Lunatic asylums Bombay report 1891-1903 - 1891-1903
Year: 1891
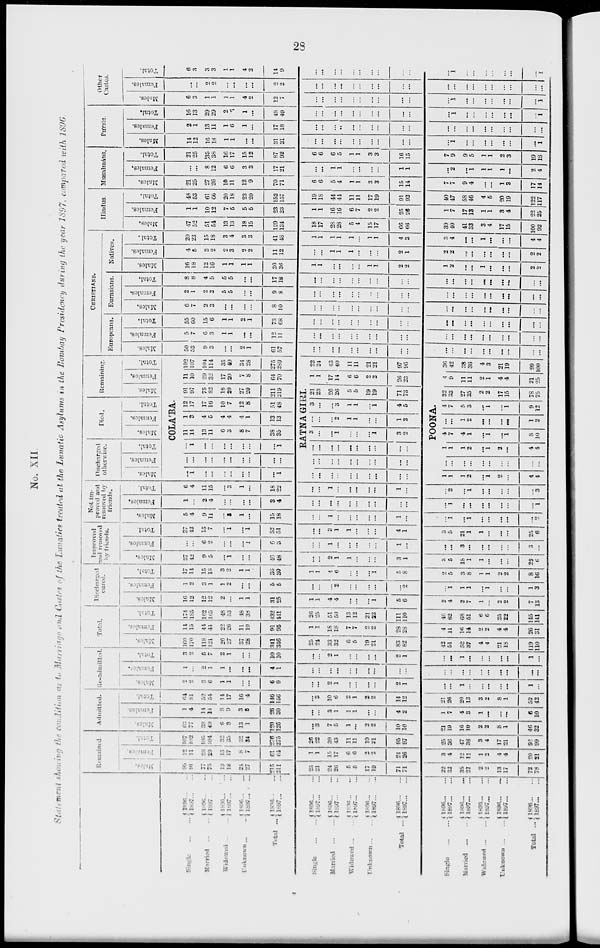
23
No. XII.
Statement showing the condition as to Marriage and Castes of the Lunatics treated at the Lunatic Asylums in the Bombay Presidency during the year 1897, cmpared with 1896
Single ... ...
Married ... ...
Widowed ... ...
Unknown ... ...
Total ...
Single ... ...
Married
...
...
Widowed ... ...
Unknown ... ...
Total ...
Single
...
...
Married ... ...
Widowed
...
...
Unknown
...
...
Total ...
1896 ... ...
1897 ... ...
1896 ... ...
1897 ... ...
1896 ... ...
1897 ... ...
1896 ... ...
1897 ... ...
1896 ... ...
1897 ... ...
1896 ... ...
1897 ... ...
1896 ... ...
1897 ... ...
1896 ... ...
1897
...
...
1896 ... ...
1897
...
...
1896 ... ...
1897 ... ...
1896 ... ...
1897 ... ...
1896 ... ...
1897
...
...
1896 ... ...
1897 ... ...
1896 ... ...
1897
...
...
1896 ... ...
1897 ... ...
Remained
Males.
95
91
77
75
19
18
24
27
215
211
25
21
24
26
5
5
17
19
71
71
22
32
35
27
2
2
13
17
72
78
Females.
12
11
28
29
13
17
8
7
61
64
1
1
15
17
6
6
2
2
24
26
3
4
12
11
1
2
4
4
20
21
Total.
107
102
105
104
32
35
32
34
276
275
26
22
39
43
11
11
19
21
95
97
25
36
47
38
3
4
17
21
92
99
Admitted.
Males.
63
77
38
40
6
8
13
1
120
126
...
3
7
5
1
...
2
2
10
10
21
19
16
10
2
2
8
1
46
32
Females.
1
4
14
14
8
9
3
8
26
30
...
...
3
1
1
1
...
...
4
2
1
7
4
3
1
...
...
...
6
10
Total.
64 81
52
54
14
17
10
4
1140
156
...
3
10
6
2
1
2
2
14
12
21
26
20
13
3
2
8
1
52
42
Re-admitted
Males.
2
2
3
6
l
l
...
...
6
9
...
...
2
1
...
...
...
...
2
1
...
...
1
...
...
...
...
...
1
...
Females.
1
...
2
1
1
...
...
...
4
1
...
...
...
...
...
...
...
...
...
...
...
...
...
...
...
...
...
...
...
...
Total.
3
2
5
7
2
1
...
...
10
10
...
...
2
1
...
...
...
...
2
1
...
...
1
...
...
...
...
...
1
...
Total.
Males.
160
170
118
121
26
27
37
28
341
340
25
24
33
32
6
5
19
21
83
82
42
51
52
37
4
4
21
18
119
110
Females.
14
15
44
44
22
26
11
10
91
95
1
1
18
18
7
7
2
2
28
28
4
11
16
14
2
2
4
4
26
31
Total.
174
185
162
165
48
53
48
38
432
441
26
25
51
50
13
12
21
23
111
110
46
62
68
51
6
6
25
22
145
141
Discharged
cured.
Males.
16
12
12
12
2
...
1
1
31
25
1
1
4
4
...
...
...
1
5
6
2
4
2
7
1
...
2
2
7
13
Females.
1
2
3
1
1
2
...
...
5
5
...
...
...
2
...
...
...
...
...
2
...
1
1
1
...
1
...
...
1
3
Total.
17
14
15
13
3
2
1
1
36
30
1
1
4
6
...
...
...
1
5
8
2
5
3
8
1
1
2
2
8
16
Improved
and removed
by friends.
Males.
37
42
9
5
...
1
...
...
46
48
...
...
2
1
1
...
...
...
3
1
3
5
18
1
1
...
...
...
22
6
Females.
...
...
6
2
...
...
...
1
6
3
...
...
1
...
...
...
...
...
1
...
...
...
3
...
...
...
...
...
3
...
Total.
37
42
15
7
...
1
...
1
52
51
...
...
3
1
1
...
...
...
4
1
3
5
21
1
1
...
...
...
25
6
Not im-
proved and
removed by
friends.
Males.
5
4
9
11
...
3
1
...
15
18
...
...
1
...
...
...
...
...
1
...
...
1
...
1
...
...
...
...
...
2
Females.
1
...
2
4
...
...
...
...
3
4
...
...
...
...
...
...
...
...
...
...
...
1
...
...
...
...
...
...
...
1
Total.
6
4
11
15
...
3
1
...
18
22
...
...
1
...
...
...
...
...
1
...
...
2
...
1
...
...
...
...
...
3
Discharged
otherwise.
Males.
Females.
Total.
Died.
Males.
Females.
Total.
Remaining.
Males.
Females.
Total.
COLA'BA.
...
1
...
...
...
...
...
...
...
1
...
...
...
...
...
...
...
...
...
...
...
1
...
...
...
...
...
...
...
1
11
14
13
11
6
3
8
7
38
35
1
3
4
5
4
4
4
1
13
13
12
17
17
16
10
7
12
8
51
48
91
97
75
82
18
20
27
20
211
219
11
10
29
32
17
20
7
8
64
70
102
107
104
114
35
40
34
28
275
289
RATNA GIRI.
...
...
...
...
...
...
...
...
...
...
...
...
...
...
...
...
...
...
...
...
...
...
...
...
...
...
...
...
...
...
3
...
...
1
...
...
...
1
3
2
...
...
...
2
1
1
...
...
1
3
3
...
...
3
1
1
...
1
4
5
21
23
26
26
5
5
19
19
71
73
1
1
17
14
6
6
2
2
26
23
22
24
43
40
11
11
21
21
97
96
POONA.
1
1
1
2
...
1
2
...
4
4
...
...
...
...
...
...
...
...
...
...
1
1
1
2
...
1
2
...
4
4
4
7
4
1
...
1
...
1
8
10
...
...
1
2
...
...
...
...
1
2
4
7
5
3
...
1
...
1
9
12
32
33
27
25
2
2
17
15
78
75
4
9
11
11
2
1
4
4
21
25
30
42
38
36
4
3
21
19
99
100
CHRISTIANS.
Europeans.
Males.
50
53
9
3
...
...
2
1
61
57
...
...
...
...
...
...
...
...
...
...
...
...
...
...
...
...
...
...
...
...
Females.
5
7
6
3
1
1
...
...
12
11
...
...
...
...
...
...
...
...
...
...
...
...
...
...
...
...
...
...
...
...
Total.
55
60
15
6
1
1
2
1
73
68
...
...
...
...
...
...
...
...
...
...
...
...
...
...
...
...
...
...
...
...
Eurasians.
Males.
6
7
2
3
...
...
...
...
8
10
...
...
...
...
...
...
...
...
...
...
...
...
...
...
...
...
...
...
...
...
Females.
2
1
2
2
5
5
...
...
9
8
...
...
...
...
...
...
...
...
...
...
...
...
...
...
...
...
...
...
...
...
Total.
8
8
4
5
5
5
...
...
17
16
...
...
...
...
...
...
...
...
...
...
...
...
...
...
...
...
...
...
...
...
Natives.
Males.
16
18
12
16
1
1
1
1
30
36
1
1
...
...
...
...
1
1
2
2
1
2
...
...
1
...
...
...
2
2
Females.
4
5
3
2
2
3
2
2
11
12
...
...
1
1
1
...
...
...
2
1
2
2
...
...
...
...
...
...
2
2
Total.
20
23
15
18
3
4
3
3
41
48
1
1
1
1
1
...
1
1
4
3
3
4
...
...
1
...
...
...
4
4
Hindus.
Males.
47
52
51
54
13
13
18
15
129
134
18
17
28
28
5
4
15
17
66
66
39
40
41
33
3
4
17
15
100
92
Females.
1
1
10
12
7
5
5
5
23
23
1
1
16
16
6
7
2
2
25
26
1
7
17
13
1
1
3
4
22
25
Total.
48
53
61
66
20
18
23
20
152
157
19
18
44
44
11
11
17
19
91
92
40
47
58
46
4
5
20
19
122
117
Musalmáns.
Males.
21
25
27
26
10
11
12
9
70
71
6
6
5
4
1
1
3
3
15
14
7
7
9
4
...
...
1
3
17
14
Females.
...
...
8
12
6
6
3
3
17
21
...
...
1
1
...
...
...
...
1
1
...
2
...
1
1
1
1
...
2
4
Total.
21
25
35
38
16
17
15
12
87
92
6
6
6
5
1
1
3
3
16
15
7
9
9
5
1
1
2
3
19
18
Pársis.
Males.
14
12
16
18
1
1
...
...
31
31
...
...
...
...
...
...
...
...
...
...
...
1
...
...
...
...
...
...
...
1
Females.
2
1
13
11
1
6
1
...
17
18
...
...
...
...
...
...
...
...
...
...
...
...
...
...
...
...
...
...
...
...
Total.
16
13
29
29
2
7
1
...
48
49
...
...
...
...
...
...
...
...
...
...
...
1
...
...
...
...
...
...
...
1
Other
Castes.
Males.
6
3
1
1
1
1
4
2
12
7
...
...
...
...
...
...
...
...
...
...
...
1
...
...
...
...
...
...
...
1
Females.
...
...
2
2
...
...
...
...
2
2
...
...
...
...
...
...
...
...
...
...
...
...
...
...
...
...
...
...
...
...
Total.
6
3
3
3
1
1
4
2
14
9
...
...
...
...
...
...
...
...
...
...
...
1
...
...
...
...
...
...
...
1